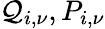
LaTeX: \mathcal{Q}_{i,\nu},P_{i,\nu}